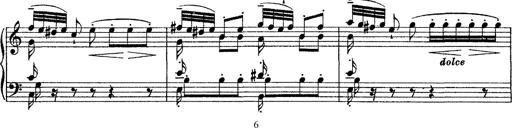
Title: Grande fantasie di bravura sur La clochette
Composer: Franz Liszt
Key: A minor